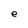
Character: e